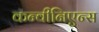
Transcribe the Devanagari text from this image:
कन्वीनिएन्स